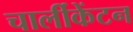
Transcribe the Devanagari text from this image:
चार्लीकेंटन